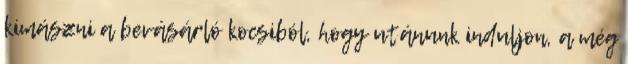
kimászni a bevásárló kocsiból, hogy utánunk induljon, a még